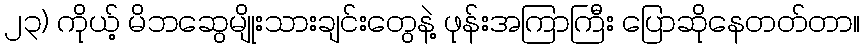
၂၃) ကိုယ့် မိဘဆွေမျိုးသားချင်းတွေနဲ့ ဖုန်းအကြာကြီး ပြောဆိုနေတတ်တာ။